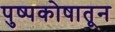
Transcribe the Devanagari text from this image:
पुष्पकोषातून